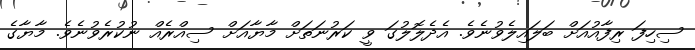
ސިހިފަ ރިފާއުއަށް ބަލައިލެވުނެވެ. އެދެލޮލުގަ ވީ ކަރުނަތަށް މާޔާއަށް ސިއްރެއް ނުކުރެވުނެވެ. މާޔާގެ